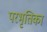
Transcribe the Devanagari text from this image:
परभृतिका